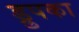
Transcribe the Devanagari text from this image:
ड्रुपका